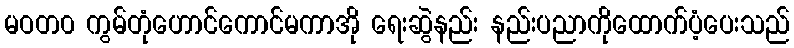
မဝတ၀ ကွမ်တုံဟောင်ကောင်မကာအို ရေးဆွဲနည်း နည်းပညာကိုထောက်ပံ့ပေးသည်